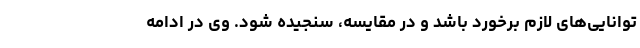
توانایی‌های لازم برخورد باشد و در مقایسه، سنجیده شود. وی در ادامه